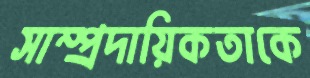
সাম্প্রদায়িকতাকে